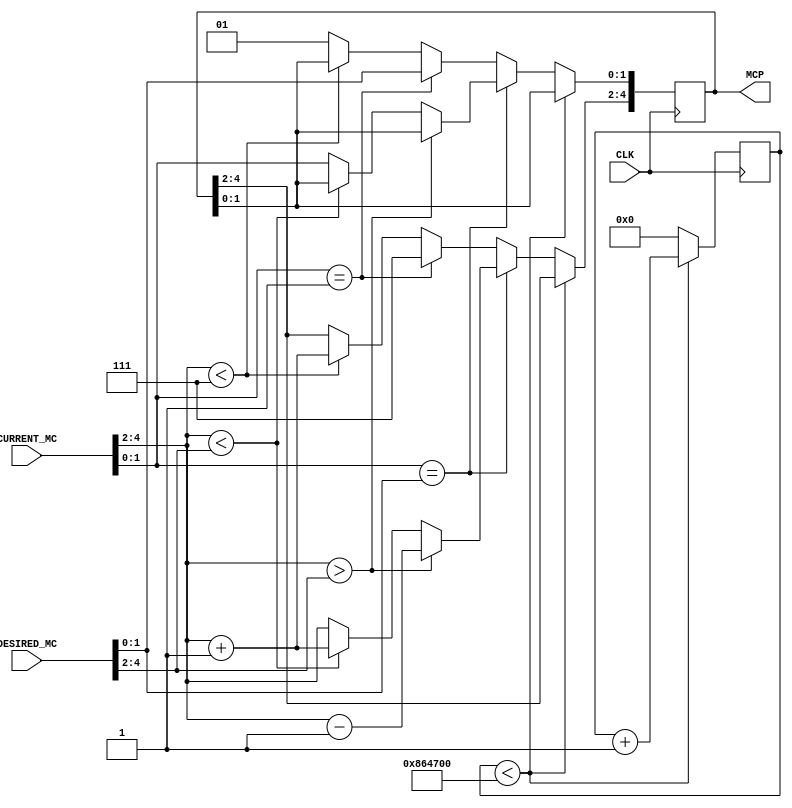
module acceleration_modulation(
		input CLK,
		input [4:0] DESIRED_MC,
		input [4:0] CURRENT_MC,
		output reg [4:0] MCP 
    );

	reg [24:0] count;
	
	initial begin
	count = 0;
	MCP = 5'b00001;
	end

	always @(posedge CLK) begin
		if(count < 8800000)
			count <= count + 1;
		else begin
			count <= 0;
			
			if(CURRENT_MC[1:0] == DESIRED_MC[1:0]) begin
				if(CURRENT_MC[4:2] > DESIRED_MC[4:2])
					MCP[4:2] <= CURRENT_MC[4:2] - 1;
				else if (CURRENT_MC[4:2] < DESIRED_MC[4:2])
					MCP[4:2] <= CURRENT_MC[4:2] + 1;
				else
					MCP <= CURRENT_MC;
			end
			else begin
				if(CURRENT_MC[1:0] == 2'b01)
					
					MCP <= {3'b 111,DESIRED_MC[1:0]};
				else
					if(CURRENT_MC[4:2] < 3'b1111)
						MCP[4:2] <= CURRENT_MC[4:2] + 1;
					else 
						MCP[1:0] <= 2'b01;	
			end
		end
	end

endmodule